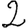
Digit: 2